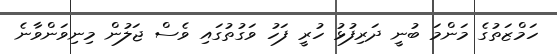
ހަމްޒަތުގެ މަންމަ ބުނީ ދަރިފުޅު ހުރީ ފަހު ވަގުތުގައި ވެސް ޖަލުން މިނިވަންވާނެ